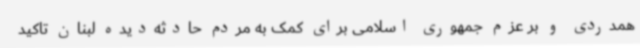
همدردی و بر عزم جمهوری اسلامی برای کمک به مردم حادثه‌دیده لبنان تاکید